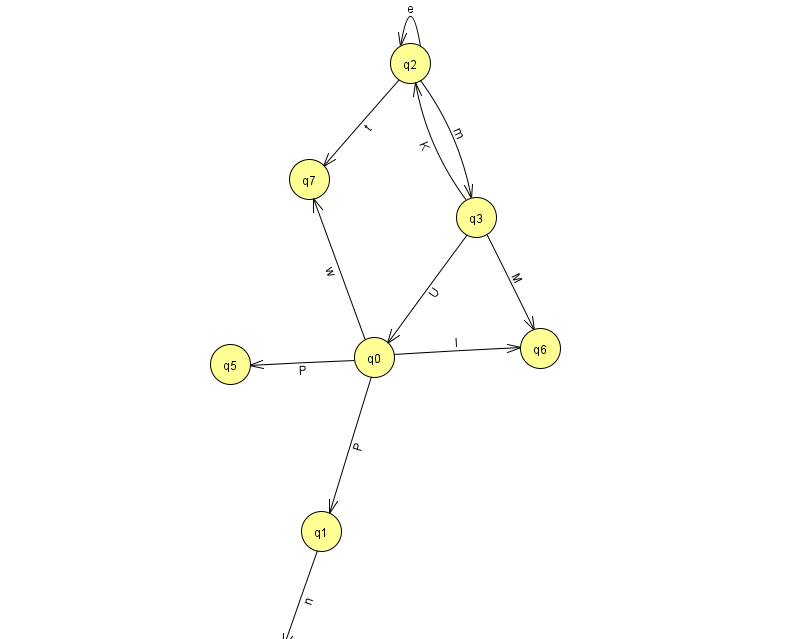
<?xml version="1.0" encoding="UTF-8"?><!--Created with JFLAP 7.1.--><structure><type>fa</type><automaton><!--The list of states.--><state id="0" name="q0"><x>374.0</x><y>344.0</y></state><state id="1" name="q1"><x>321.0</x><y>518.0</y></state><state id="2" name="q2"><x>410.0</x><y>50.0</y></state><state id="3" name="q3"><x>476.0</x><y>204.0</y></state><state id="4" name="q4"><x>275.0</x><y>651.0</y><initial/><final/></state><state id="5" name="q5"><x>230.0</x><y>351.0</y></state><state id="6" name="q6"><x>540.0</x><y>335.0</y></state><state id="7" name="q7"><x>309.0</x><y>166.0</y></state><!--The list of transitions.--><transition><from>3</from><to>0</to><read>U</read></transition><transition><from>3</from><to>6</to><read>M</read></transition><transition><from>0</from><to>5</to><read>P</read></transition><transition><from>0</from><to>6</to><read>l</read></transition><transition><from>1</from><to>4</to><read>n</read></transition><transition><from>2</from><to>2</to><read>e</read></transition><transition><from>0</from><to>1</to><read>P</read></transition><transition><from>0</from><to>7</to><read>w</read></transition><transition><from>2</from><to>7</to><read>t</read></transition><transition><from>2</from><to>3</to><read>m</read></transition><transition><from>3</from><to>2</to><read>K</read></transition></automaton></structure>